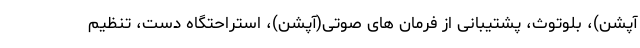
آپشن)، بلوتوث، پشتیبانی از فرمان های صوتی(آپشن)، استراحتگاه دست، تنظیم